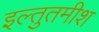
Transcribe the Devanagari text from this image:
इल्तुतमीश